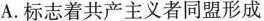
A.标志着共产主义者同盟形成